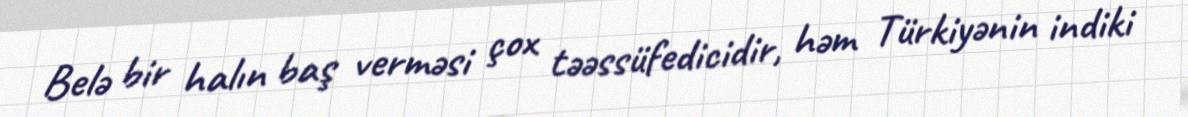
Belə bir halın baş verməsi çox təəssüfedicidir, həm Türkiyənin indiki